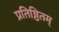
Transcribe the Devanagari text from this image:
प्रतिष्ठितम्